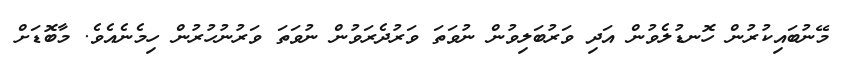
މޭނުބައިކުރުން ހޮނޑުލެވުން އަދި ވަރުބަލިވުން ނުވަތަ ވަރުދެރަވުން ނުވަތަ ވަރުނުހުރުން ހިމެނެއެވެ. މާބޮޑަށް